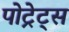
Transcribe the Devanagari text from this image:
पोट्रेट्स